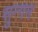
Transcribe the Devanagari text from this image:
सुन्गम